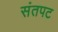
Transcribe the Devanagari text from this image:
संतपट